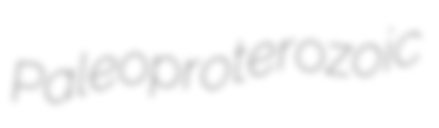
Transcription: Paleoproterozoic